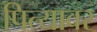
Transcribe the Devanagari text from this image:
पित्यावर